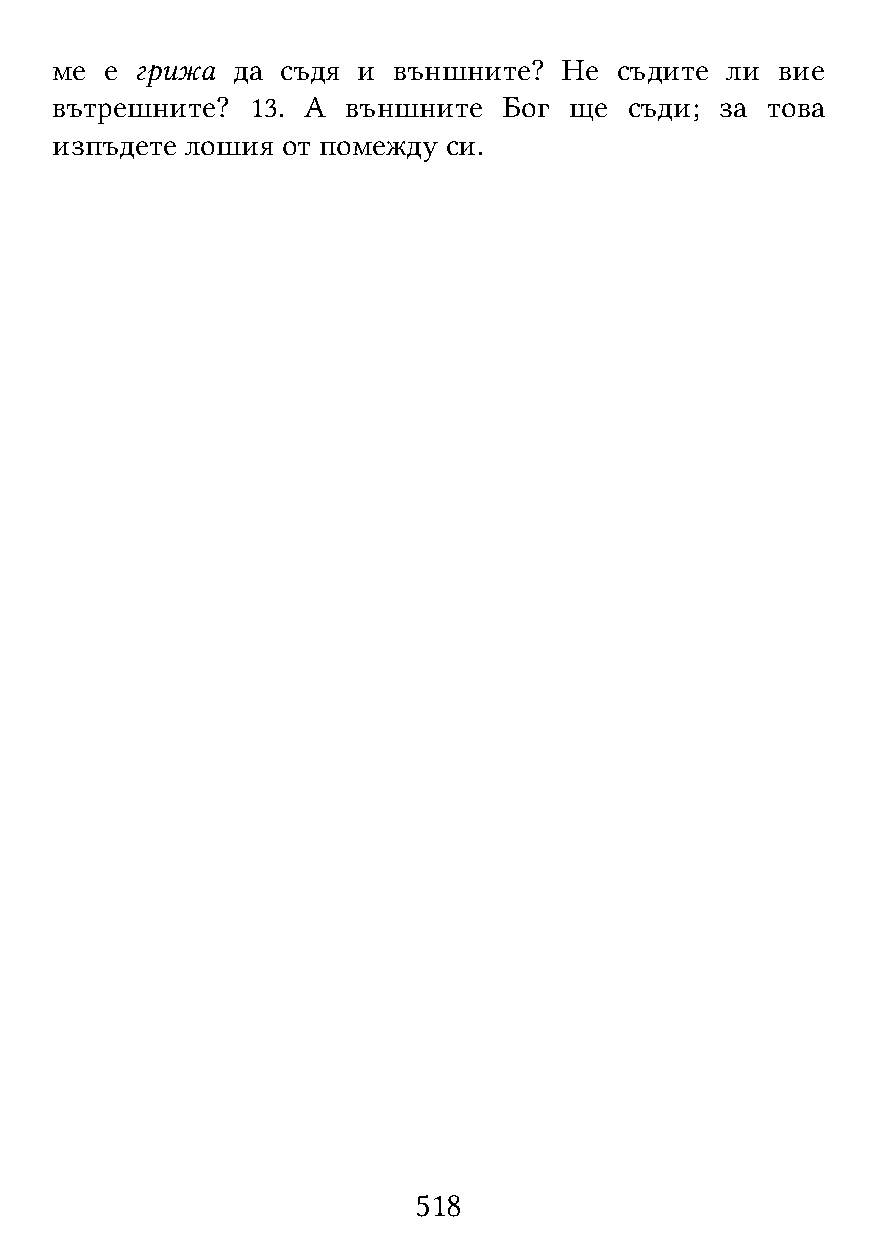
ме  е грижа да  съдя и външните?  Не  съдите ли  вие
 вътрешните?   13. А външните  Бог  ще  съди; за това
 изпъдете лошия  от помежду си.
 518